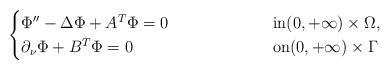
LaTeX: \begin{align*} \begin{cases}\Phi''-{\Delta} \Phi +A^T\Phi=0\hskip2.1cm~& \hbox{in} (0,+\infty) \times \Omega,\\\partial_\nu \Phi + B^T\Phi = 0 \hskip3cm~& \hbox{on} (0,+\infty) \times \Gamma \\\end{cases}\end{align*}